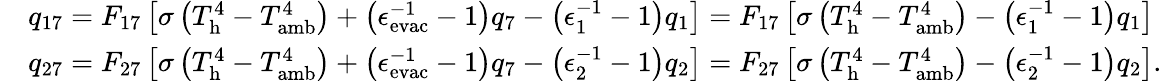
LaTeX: \begin{array}{rl}&{q_{17}=F_{17}\left[\sigma\left(T_{\mathrm{h}}^{4}-T_{\mathrm{amb}}^{4}\right)+\left(\epsilon_{\mathrm{evac}}^{-1}-1\right)q_{7}-\left(\epsilon_{1}^{-1}-1\right)q_{1}\right]=F_{17}\left[\sigma\left(T_{\mathrm{h}}^{4}-T_{\mathrm{amb}}^{4}\right)-\left(\epsilon_{1}^{-1}-1\right)q_{1}\right]}\\ &{q_{27}=F_{27}\left[\sigma\left(T_{\mathrm{h}}^{4}-T_{\mathrm{amb}}^{4}\right)+\left(\epsilon_{\mathrm{evac}}^{-1}-1\right)q_{7}-\left(\epsilon_{2}^{-1}-1\right)q_{2}\right]=F_{27}\left[\sigma\left(T_{\mathrm{h}}^{4}-T_{\mathrm{amb}}^{4}\right)-\left(\epsilon_{2}^{-1}-1\right)q_{2}\right]{.}}\end{array}